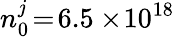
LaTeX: n_{0}^{j}\! =\! 6.5\times\! 10^{18}